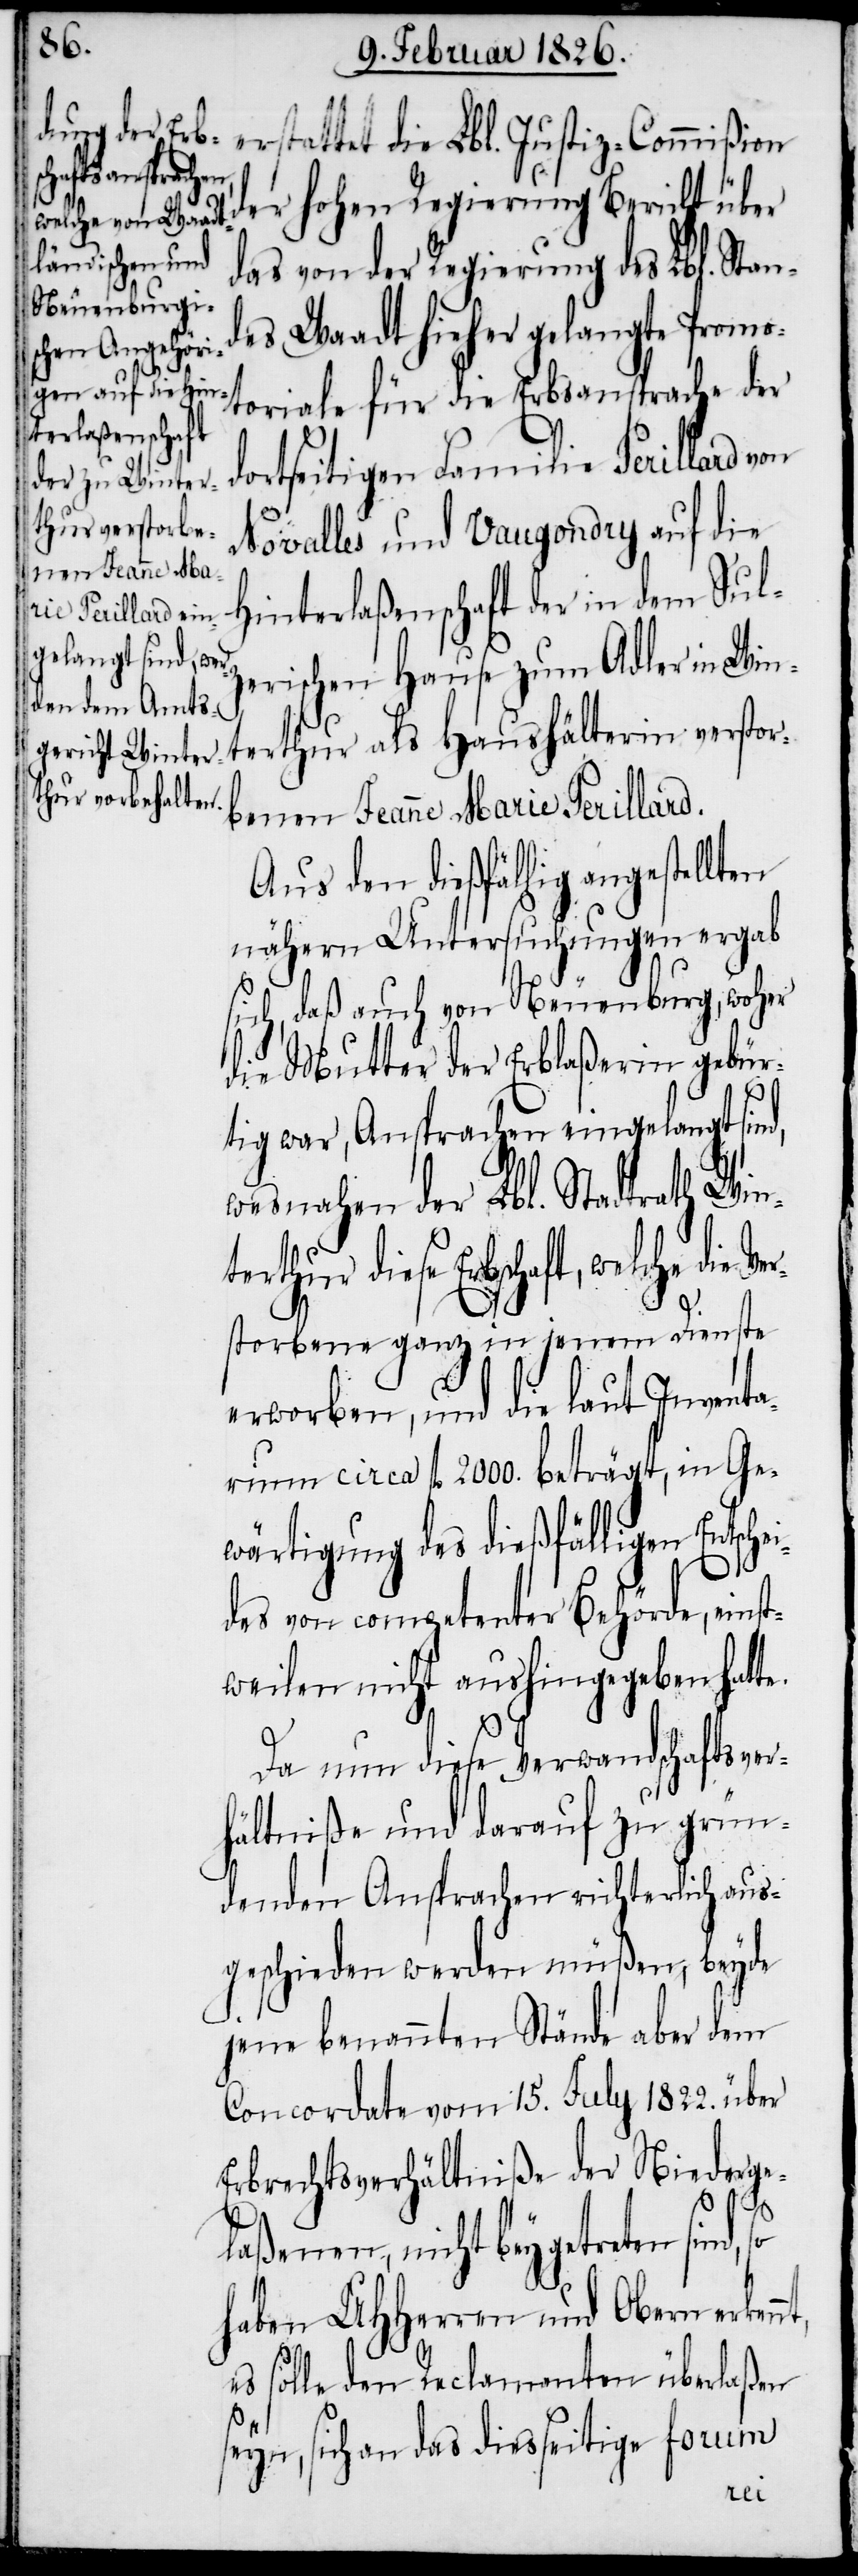
erstattet die Lbl. Justiz-Commißio¬
n der hohen Regierung Bericht über
das von der Regierung des Lbl. Stan¬
des Waadt hieher gelangte Promo¬
toriale für die Erbsansprache der
dortseitigen Familie Perillard
Novalles und Vaugondry auf die
Hinterlaßenschaft der in dem Sulz¬
erischen Hause zum Adler in Win¬
benen Jeanne Marie Perillard.
Aus den dießfällig angestellten
nähern Untersuchungen ergab
sich, daß auch von Neuenburg, woher
die Mutter der Erblaßerin gebür¬
tig war, Ansprachen eingelangt sind,
wesnahen der Lbl. Stadtrath Wint¬
erthur diese Erbschaft, welche die
storbene ganz in jenem Dienste
erworben, und die laut Inventa¬
rium circa fl. 2000. beträgt, in Ge¬
wärtigung des dießfälligen Entsche¬
des von competenter Behörde, einst¬
weilen nicht aushingegeben hat¬
Da nun diese Verwandtschaftsver¬
hältniße und darauf zu grün¬
denden Ansprachen richterlich aus¬
geschieden werden müßen, beyde
jene benannten Stände aber dem
Concordate vom 15. July 1822. über
Erbrechtsverhältniße der Niederge¬
nt,
laßenen, nicht beygetreten sind,
haben UHHerren und Obern erken¬
es solle den Reclamanten überlaßen
seyn, sich an das diesseitige forum